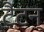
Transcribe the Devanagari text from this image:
टैटन्